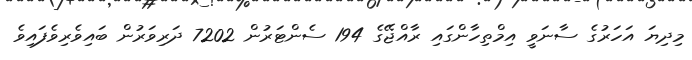
މިދިޔަ އަހަރުގެ ސާނަވީ އިމްތިހާންގައި ރާއްޖޭގެ 194 ސެންޓަރުން 7202 ދަރިވަރުން ބައިވެރިވެފައިވެ